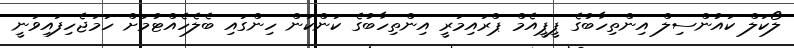
ލޯކަލް ކައުންސިލް އިންތިހާބުގެ ޕީޕީއެމް ޕްރައިމަރީ އިންތިހާބުގެ ކަންކަން ހިންގައި ބެލެހެއްޓުމަށް ހަމަޖެހިފައިވަނީ